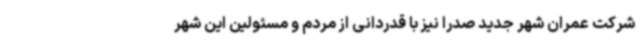
شرکت عمران شهر جدید صدرا نیز با قدردانی از مردم و مسئولین این شهر